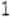
1